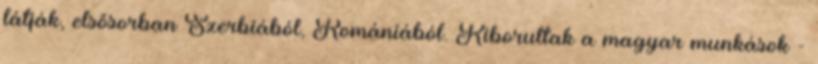
látják, elsősorban Szerbiából, Romániából. Kiborultak a magyar munkások -